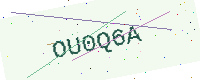
Text: OU0Q6A